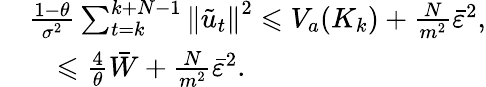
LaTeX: \begin{array}{rl}&{\frac{1-\theta}{\sigma^{2}}\sum_{t=k}^{k+N-1}\left\| \tilde{u}_{t}\right\| ^{2}\leqslant V_{a}(K_{k})+\frac{N}{m^{2}}\bar{\varepsilon}^{2},}\\ &{\quad\leqslant\frac{4}{\theta}\bar{W}+\frac{N}{m^{2}}\bar{\varepsilon}^{2}.}\end{array}